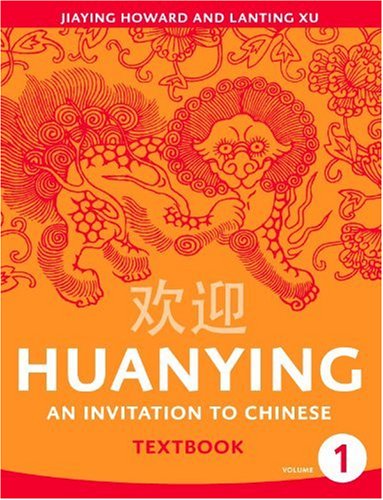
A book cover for Huanying 1: An Invitation to Chinese (Chinese Edition); Jiaying Howard; Teen & Young Adult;